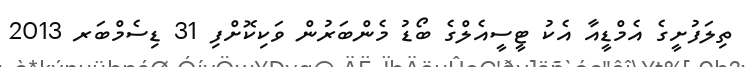
ތިލަފުށީގެ އެމްޑީއާ އެކު ޓީސީއެލްގެ ބޯޑު މެންބަރުން ވަކިކޮށްފި 31 ޑިސެމްބަރ 2013